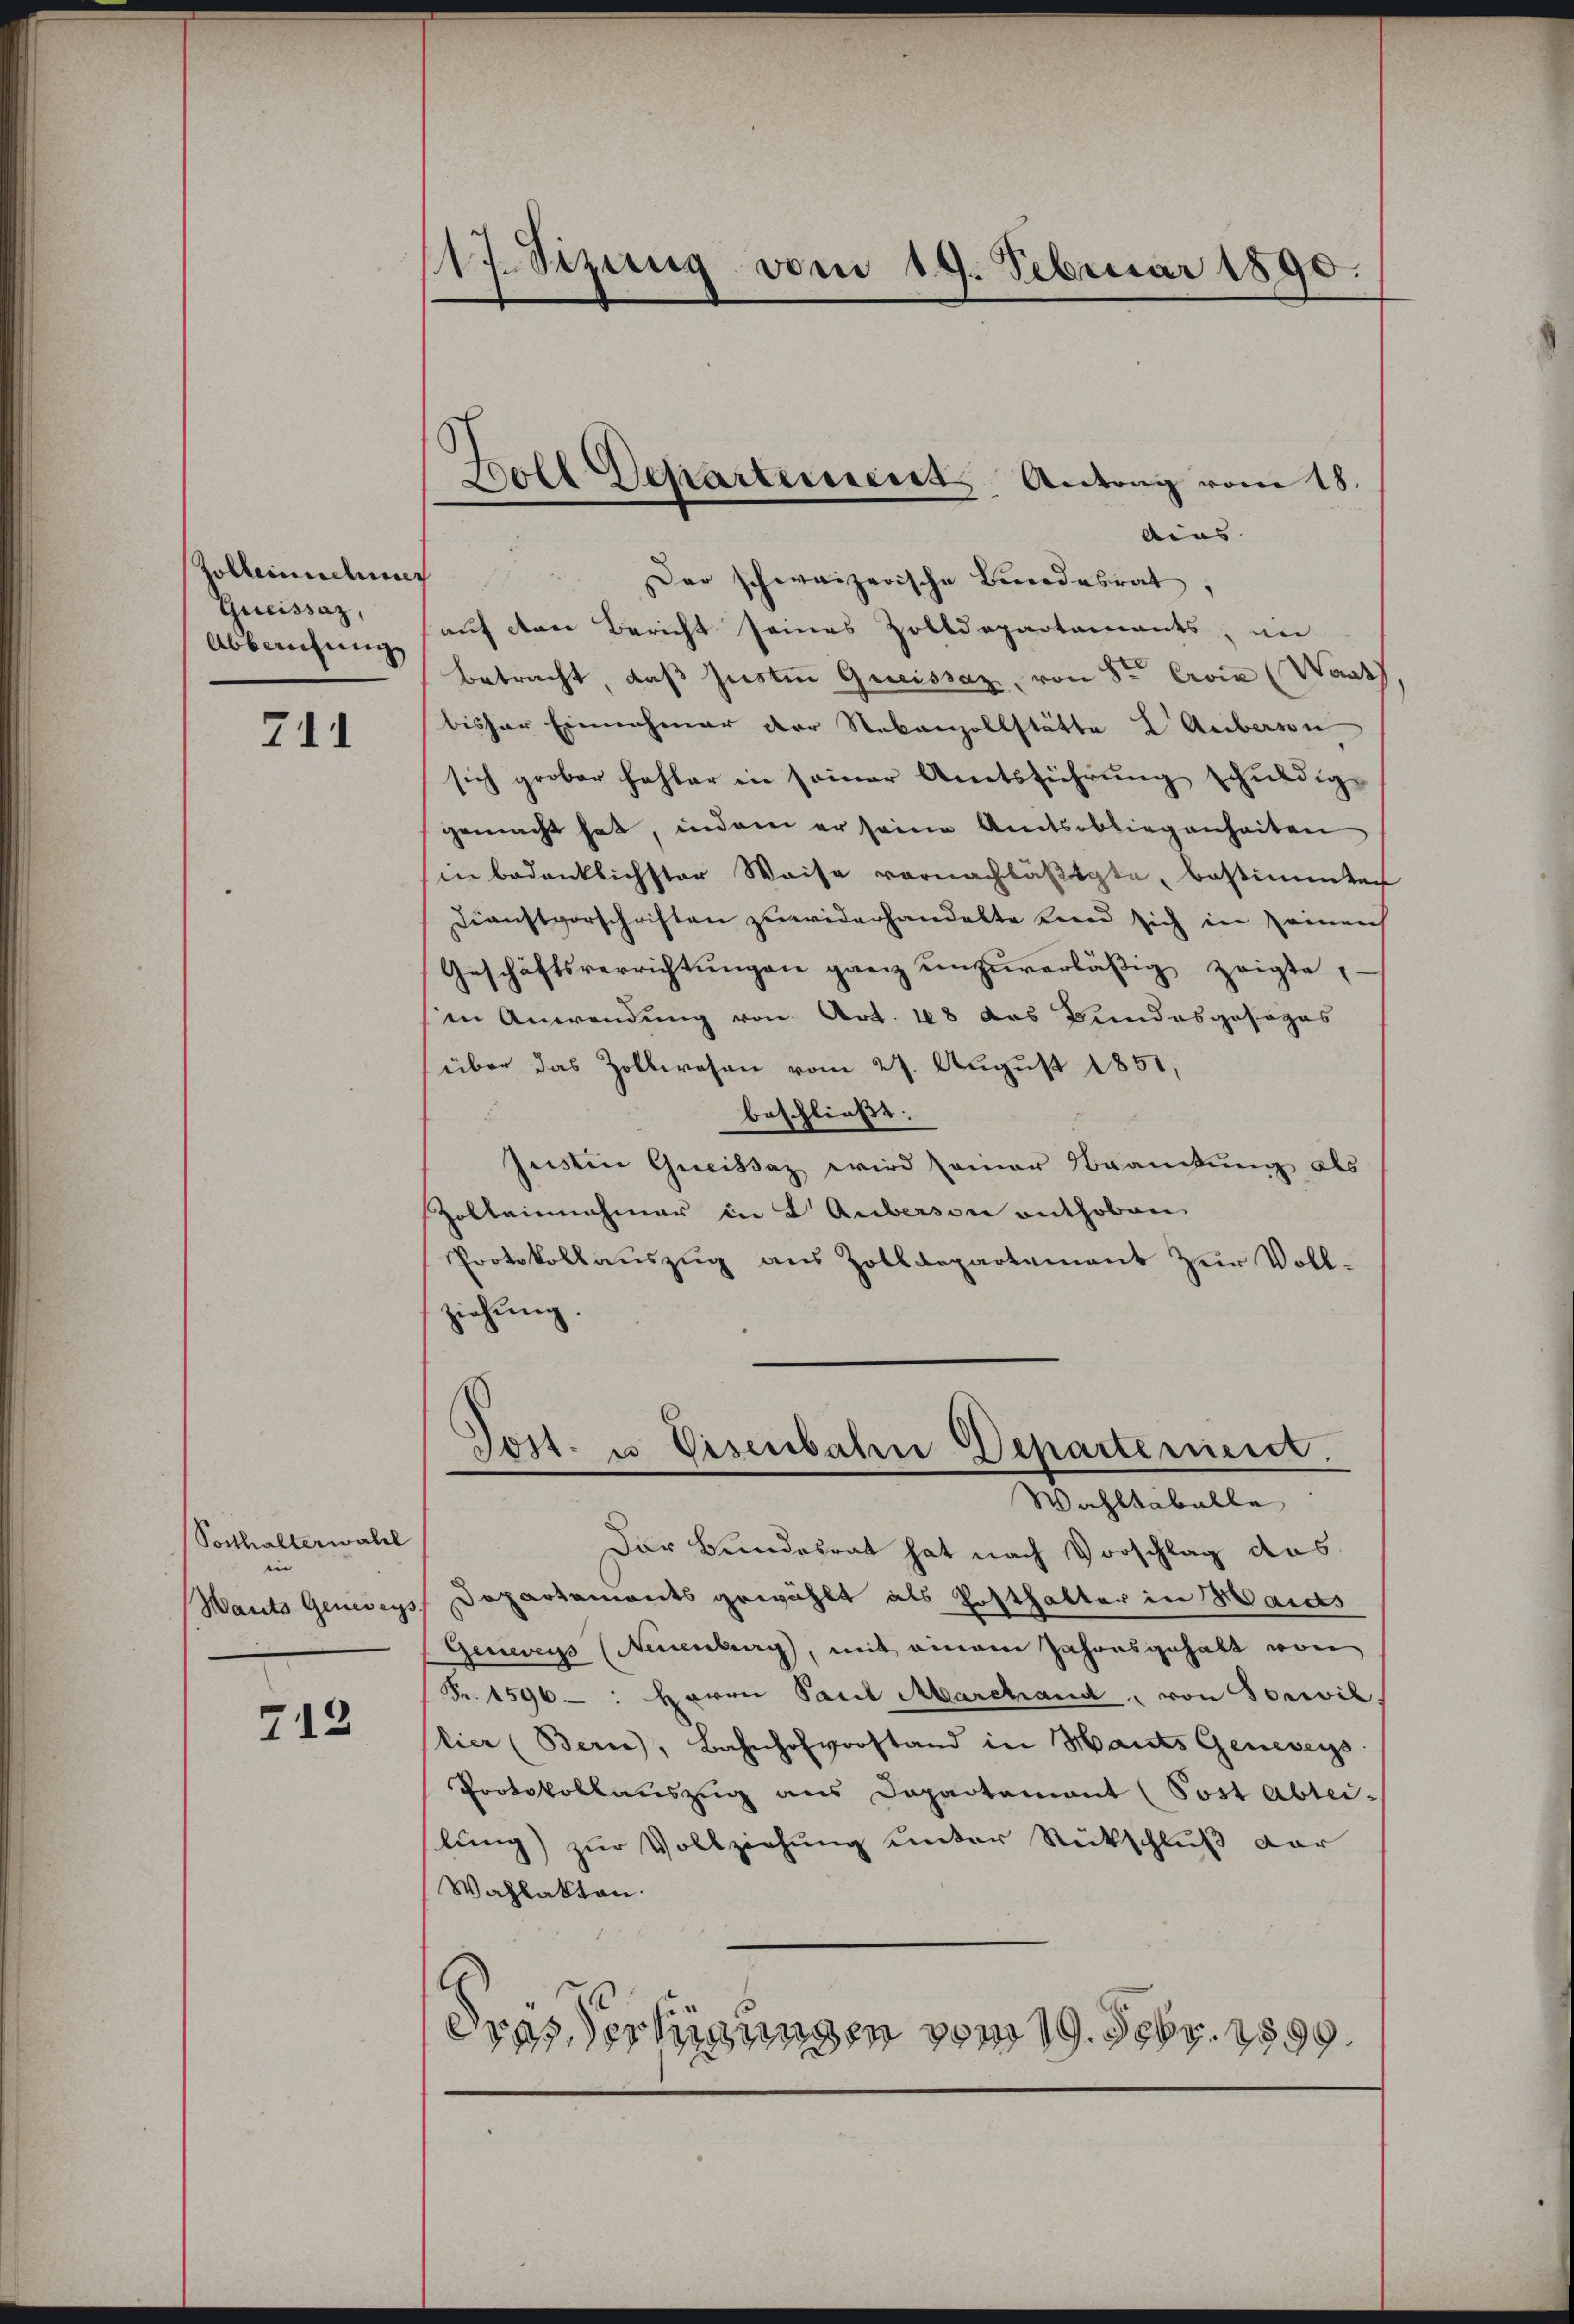
Zolbeinschung
Gereissaz,
Abbruchung

741

Vorthalterwald
in
Wants Genereys

712

117. Sizung vom 19. Februar 1890.

Goll Departement Antrag vom 18.
dius

Der schweizerische Bundesrat,
auf den Bericht seines Zolldepartements, un
Betracht, daß Justin Quissaz, von Sr Evia (Want
bisher Einnahmer der Nebenzollstätte L Aubersen
sich grober fehler in seiner Amtsführung schuldige
gemacht hat, indem er seine Amtsobliegenheiten
in bedenklichster Weise vornachläßigte, bestimmten
Dienstvorschriften zuwiderhandelte Land sich in seinen
Geschäftsverrichtŭngen ganz unzuverläßig zeigte,
in Anwendung von Art. 48 das Bundesgosozas
über das Zollwesen vom 27. August 1851,
beschließt:
Justin Greissaz wird seiner Krankung als
Zolleinnahmer in L Auberson enthoben
Protokollauszug aus Zolldepartement zur Vollziehung.

Post. u Visenbahn Departement.
Wahltaballe

Der Bundesrat hat nach Vorschlag das
Departements gewählt als Posthalter in Maids
Genwegs (Neuenburg, mit einem Jahresgehalt von
Fr. 1596 : Herrn Paul Marchand, von Sorwil
lier (Bern, Bahnhofvorstand in Hants Geneveys
Protokollauszug aus Departament (Post Abtei-
lung) zur Vollziehung unter Rückschluß dar
Wahlakten.
8
eras Verfügungen vom 19. Febr. 1599.